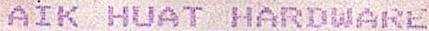
AIK HUAT HARDWARE